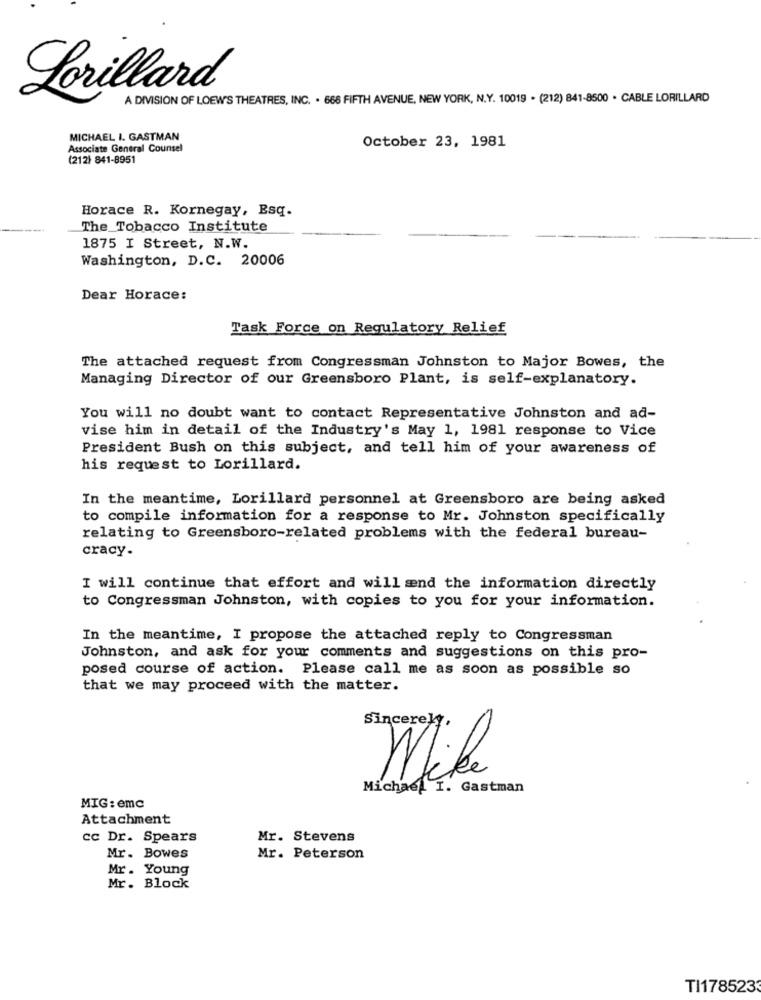
Lorillard
A DIVISION OF LOEWS THEATRES, INC. . 668 FIFTH AVENUE, NEW YORK, N.Y. 10019 . (212) 841-8500 . CABLE LORILLARD
MICHAEL I. GASTMAN
October 23, 1981
Associate General Counsel
(212) 841-8951
Horace R. Kornegay, Esq.
The Tobacco Institute
1875 I Street, N.W.
Washington, D.C. 20006
Dear Horace:
Task Force on Regulatory Relief
The attached request from Congressman Johnston to Major Bowes, the
Managing Director of our Greensboro Plant, is self-explanatory.
You will no doubt want to contact Representative Johnston and ad-
vise him in detail of the Industry's May 1, 1981 response to Vice
President Bush on this subject, and tell him of your awareness of
his request to Lorillard.
In the meantime, Lorillard personnel at Greensboro are being asked
to compile information for a response to Mr. Johnston specifically
relating to Greensboro-related problems with the federal bureau-
cracy.
I will continue that effort and will ænd the information directly
to Congressman Johnston, with copies to you for your information.
In the meantime, I propose the attached reply to Congressman
Johnston, and ask for your comments and suggestions on this pro-
posed course of action. Please call me as soon as possible so
that we may proceed with the matter.
Sincerely,
Mike
Michael. I. Gastman
MIG: emc
Attachment
cc Dr. Spears
Mr. Stevens
Mr. Bowes
Mr. Peterson
Mr . Young
Mr. Block
TI1785233